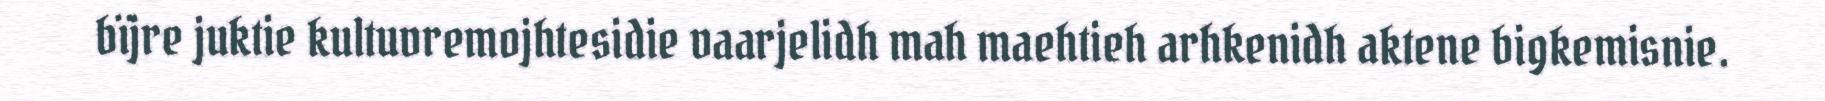
bïjre juktie kultuvremojhtesidie vaarjelidh mah maehtieh arhkenidh aktene bigkemisnie.